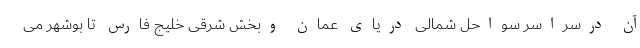
آن درسراسر سواحل شمالی دریای عمان وبخش شرقی خلیج فارس تا بوشهر می